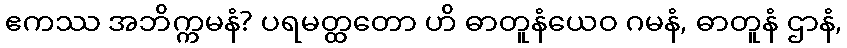
ဧကဿ အဘိက္ကမနံ? ပရမတ္ထတော ဟိ ဓာတူနံယေဝ ဂမနံ, ဓာတူနံ ဌာနံ,